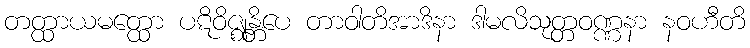
တတ္ထာယမတ္ထော ပဋိဝိဇ္ဈန္တိပေ တာဝါတိအာဒိနာ ဒါမလိသုတ္တဝဏ္ဏနာ နဝဟီတိ